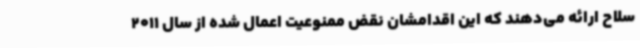
سلاح ارائه می‌دهند که این اقدامشان نقض ممنوعیت اعمال شده از سال 2011